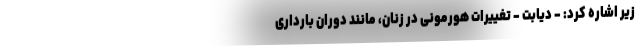
زیر اشاره کرد: - دیابت - تغییرات هورمونی در زنان، مانند دوران بارداری